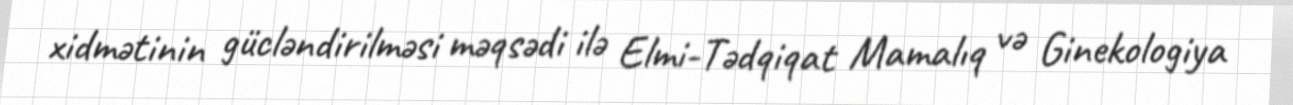
xidmətinin gücləndirilməsi məqsədi ilə Elmi-Tədqiqat Mamalıq və Ginekologiya